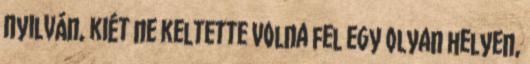
Nyilván, kiét ne keltette volna fel egy olyan helyen,